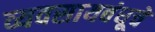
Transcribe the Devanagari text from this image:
व्यवसायबंधूचें